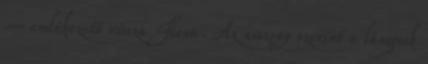
– emlékezett vissza Ilona. Az asszony szerint a lángosok